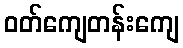
ဝတ်ကျေတန်းကျေ